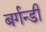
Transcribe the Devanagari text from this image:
बर्गन्डी